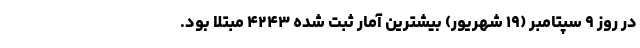
در روز ۹ سپتامبر (۱۹ شهریور) بیشترین آمار ثبت شده ۴۲۴۳ مبتلا بود.